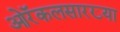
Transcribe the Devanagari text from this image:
ओरॅकलसारख्या